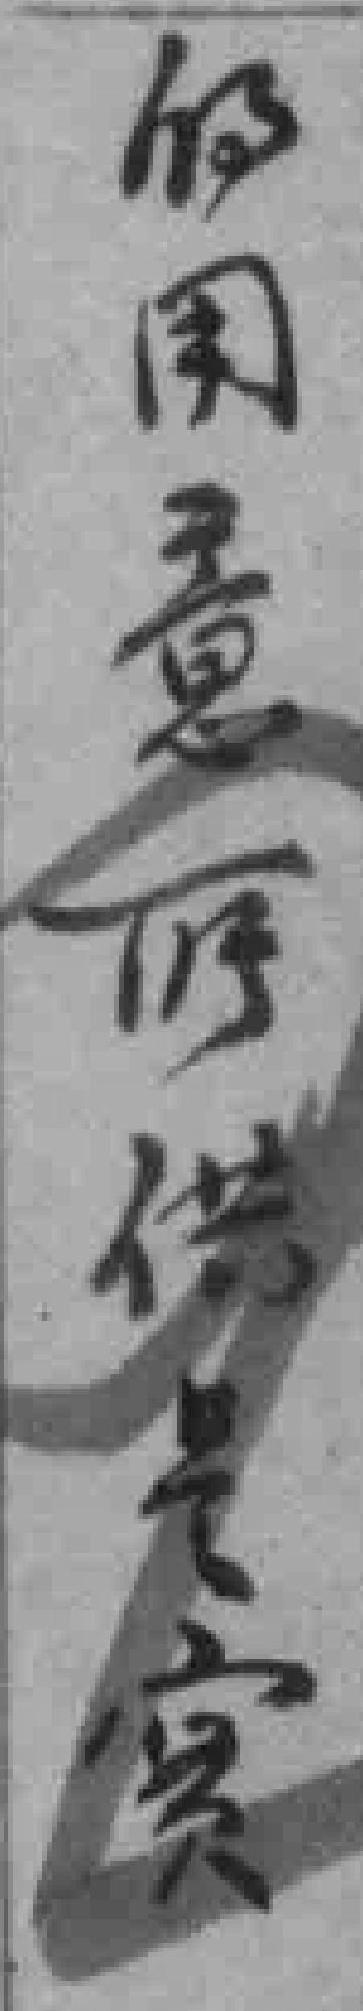
的用意所供是實